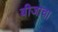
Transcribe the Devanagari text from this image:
बीजाचा